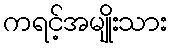
ကရင့်အမျိုးသား